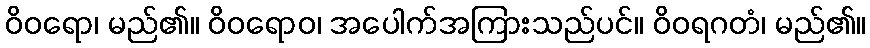
ဝိဝရော၊ မည်၏။ ဝိဝရောဝ၊ အပေါက်အကြားသည်ပင်။ ဝိဝရဂတံ၊ မည်၏။